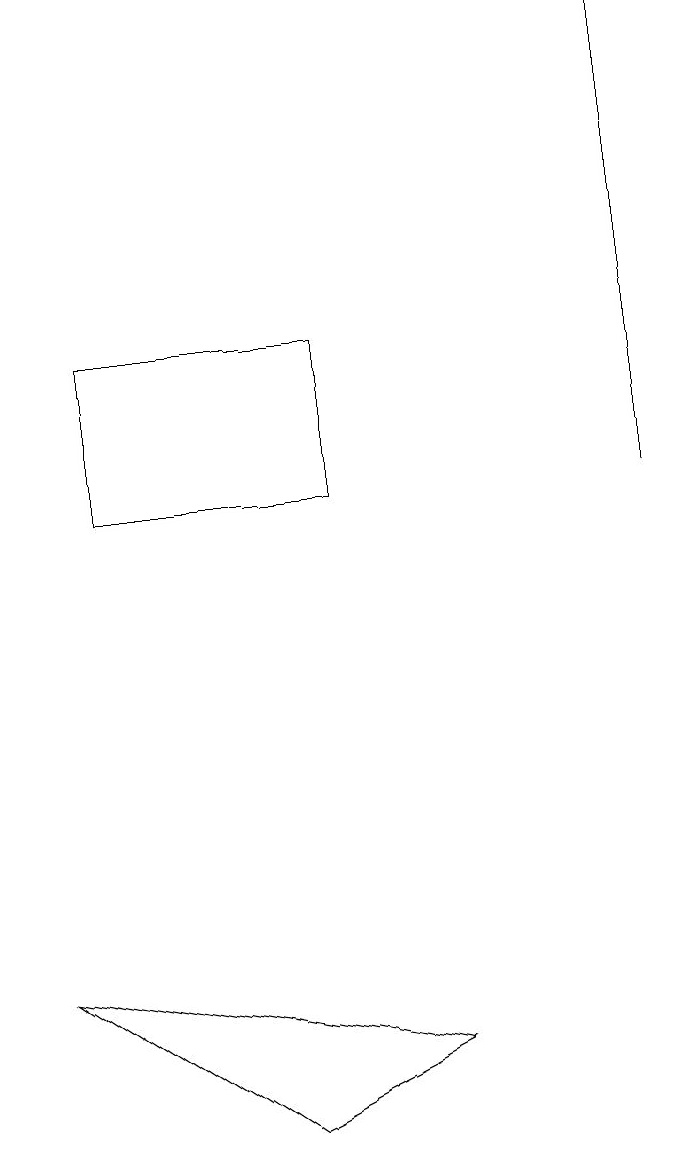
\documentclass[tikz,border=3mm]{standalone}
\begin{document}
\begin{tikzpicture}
\draw (8,11) rectangle (8,17);
\draw (0,5) -- (3,3) -- (5,4) -- cycle;
\draw (4,13) rectangle (1,11);
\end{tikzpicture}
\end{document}